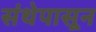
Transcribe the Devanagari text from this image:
संथेपासून